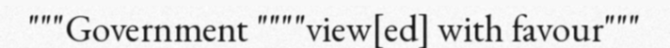
"""Government """"view[ed] with favour"""